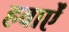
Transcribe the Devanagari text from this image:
हवाऐं